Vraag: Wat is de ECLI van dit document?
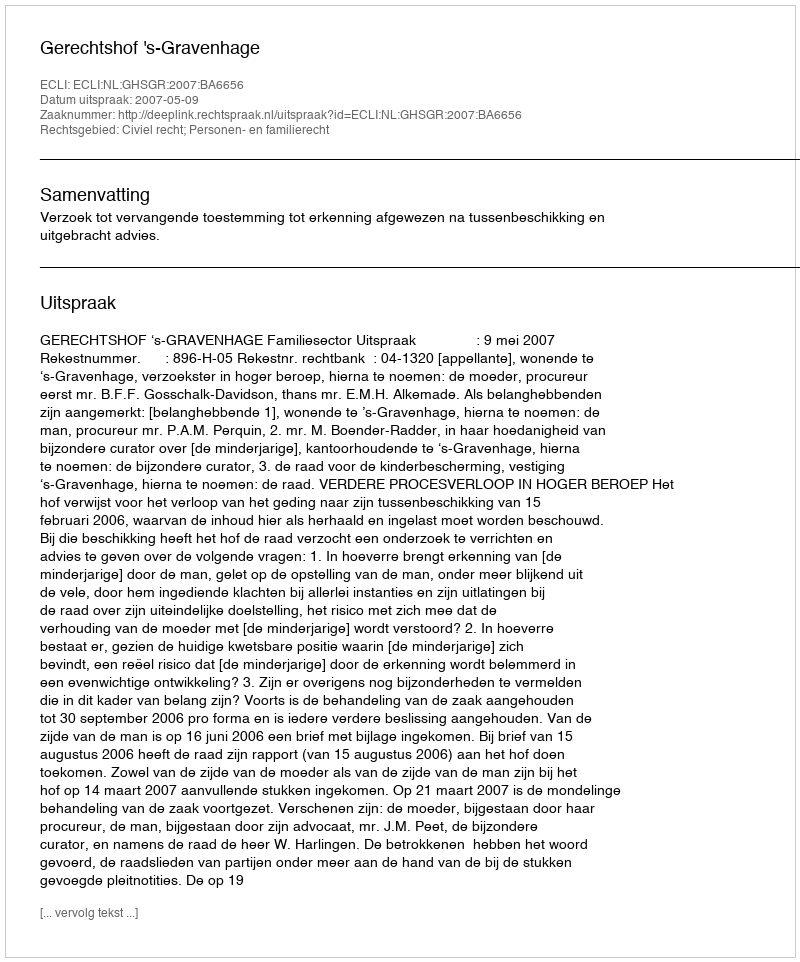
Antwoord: ECLI:NL:GHSGR:2007:BA6656